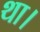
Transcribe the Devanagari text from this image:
था।